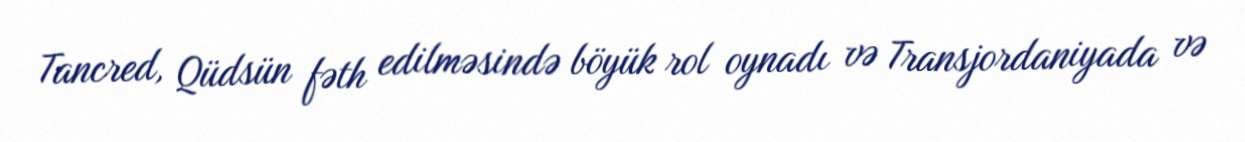
Tancred, Qüdsün fəth edilməsində böyük rol oynadı və Transjordaniyada və